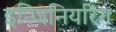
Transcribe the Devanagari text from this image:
इन्जिनियरिंग